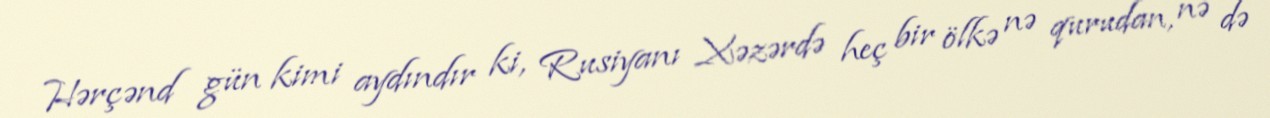
Hərçənd gün kimi aydındır ki, Rusiyanı Xəzərdə heç bir ölkə nə qurudan, nə də